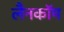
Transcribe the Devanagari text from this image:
लैनकॉम